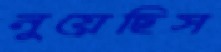
নুয়েছিস